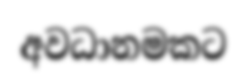
අවධානමකට